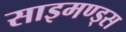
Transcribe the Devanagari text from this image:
साइमण्ड्स